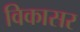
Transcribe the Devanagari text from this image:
विकासर